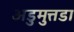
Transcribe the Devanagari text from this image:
अडुमुत्तडा